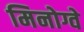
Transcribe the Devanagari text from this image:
मिनोग्वे